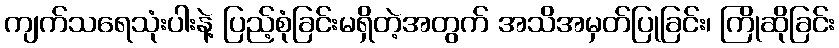
ကျက်သရေသုံးပါးနဲ့ ပြည့်စုံခြင်းမရှိတဲ့အတွက် အသိအမှတ်ပြုခြင်း၊ ကြိုဆိုခြင်း